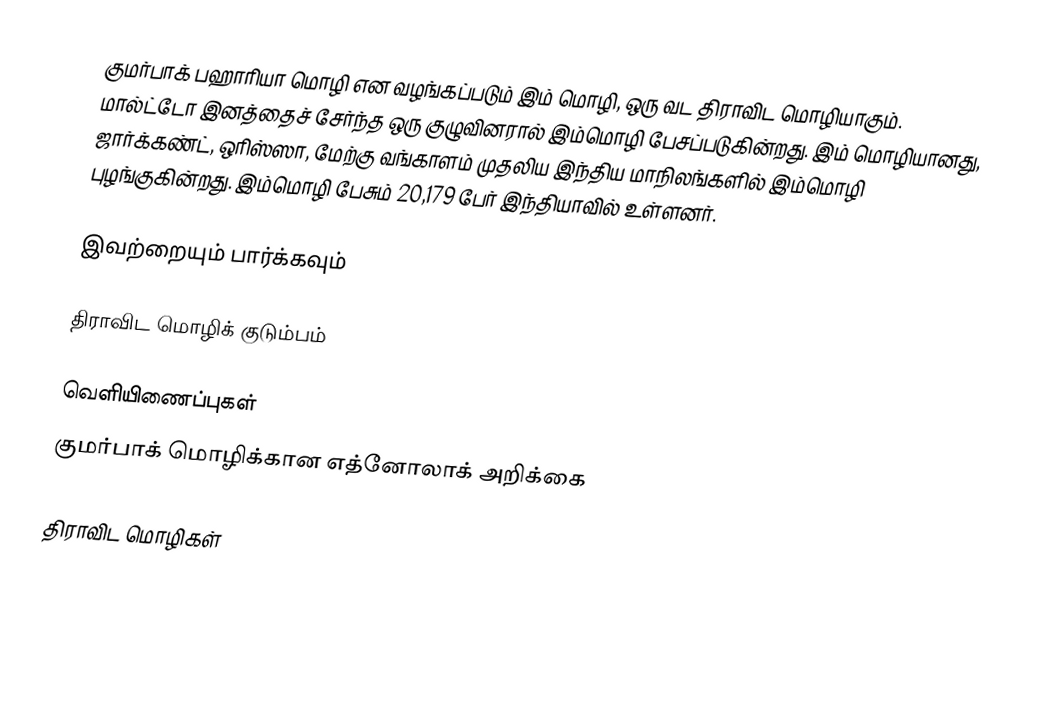
குமர்பாக் பஹாரியா மொழி என வழங்கப்படும் இம் மொழி, ஒரு வட திராவிட மொழியாகும். மால்ட்டோ இனத்தைச் சேர்ந்த ஒரு குழுவினரால் இம்மொழி பேசப்படுகின்றது. இம் மொழியானது, ஜார்க்கண்ட், ஒரிஸ்ஸா, மேற்கு வங்காளம் முதலிய இந்திய மாநிலங்களில் இம்மொழி புழங்குகின்றது. இம்மொழி பேசும் 20,179 பேர் இந்தியாவில் உள்ளனர்.

இவற்றையும் பார்க்கவும்

 திராவிட மொழிக் குடும்பம்

வெளியிணைப்புகள்
 குமர்பாக் மொழிக்கான எத்னோலாக் அறிக்கை

திராவிட மொழிகள்